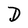
Character: D